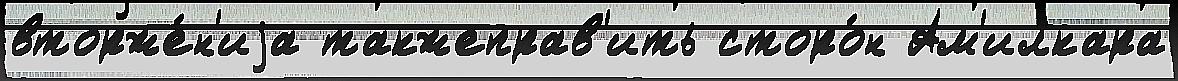
вторже́н'иjа такжеправ'ить сторо́н Ам'илкара